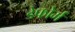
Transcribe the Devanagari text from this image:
डेफोर्म